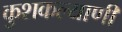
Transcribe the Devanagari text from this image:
कुशकल्याणी